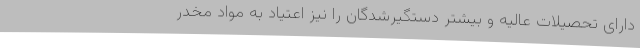
دارای تحصیلات عالیه و بیشتر دستگیرشدگان را نیز اعتیاد به مواد مخدر